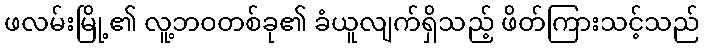
ဖလမ်းမြို့၏ လူ့ဘဝတစ်ခု၏ ခံယူလျက်ရှိသည့် ဖိတ်ကြားသင့်သည်